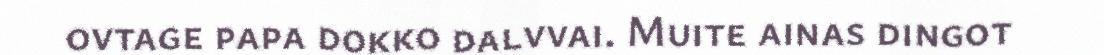
ovtage papa dokko dalvvai. Muite ainas dingot